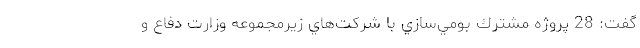
گفت: 28 پروژه مشترك بومي‌سازي با شركت‌هاي زيرمجموعه وزارت دفاع و